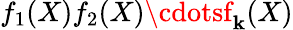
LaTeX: f_{1}(X)f_{2}(X)\cdotsf_{\mathbf{k}}(X)